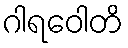
ဂါရဝေါတိ